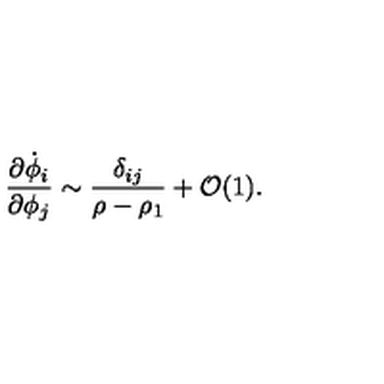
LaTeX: { \frac { \partial \dot { \phi } _ { i } } { \partial \phi _ { j } } } \sim { \frac { \delta _ { i j } } { \rho - \rho _ { 1 } } } + { \cal { O } } ( 1 ) .